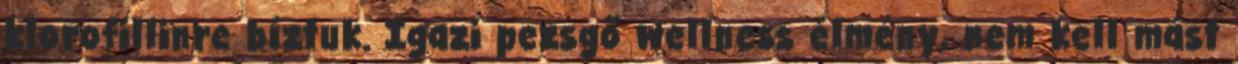
klorofillinre bíztuk. Igazi pezsgő wellness élmény, nem kell mást